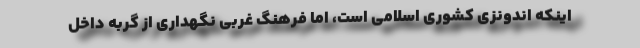
اینکه اندونزی کشوری اسلامی است، اما فرهنگ غربی نگهداری از گربه داخل